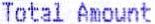
TOTAL AMOUNT